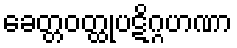
ခေတ္တဝတ္ထုပဋိဂ္ဂဟဏာ